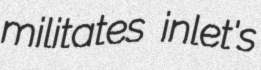
militates inlet's